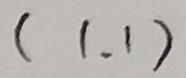
$(1,1)$